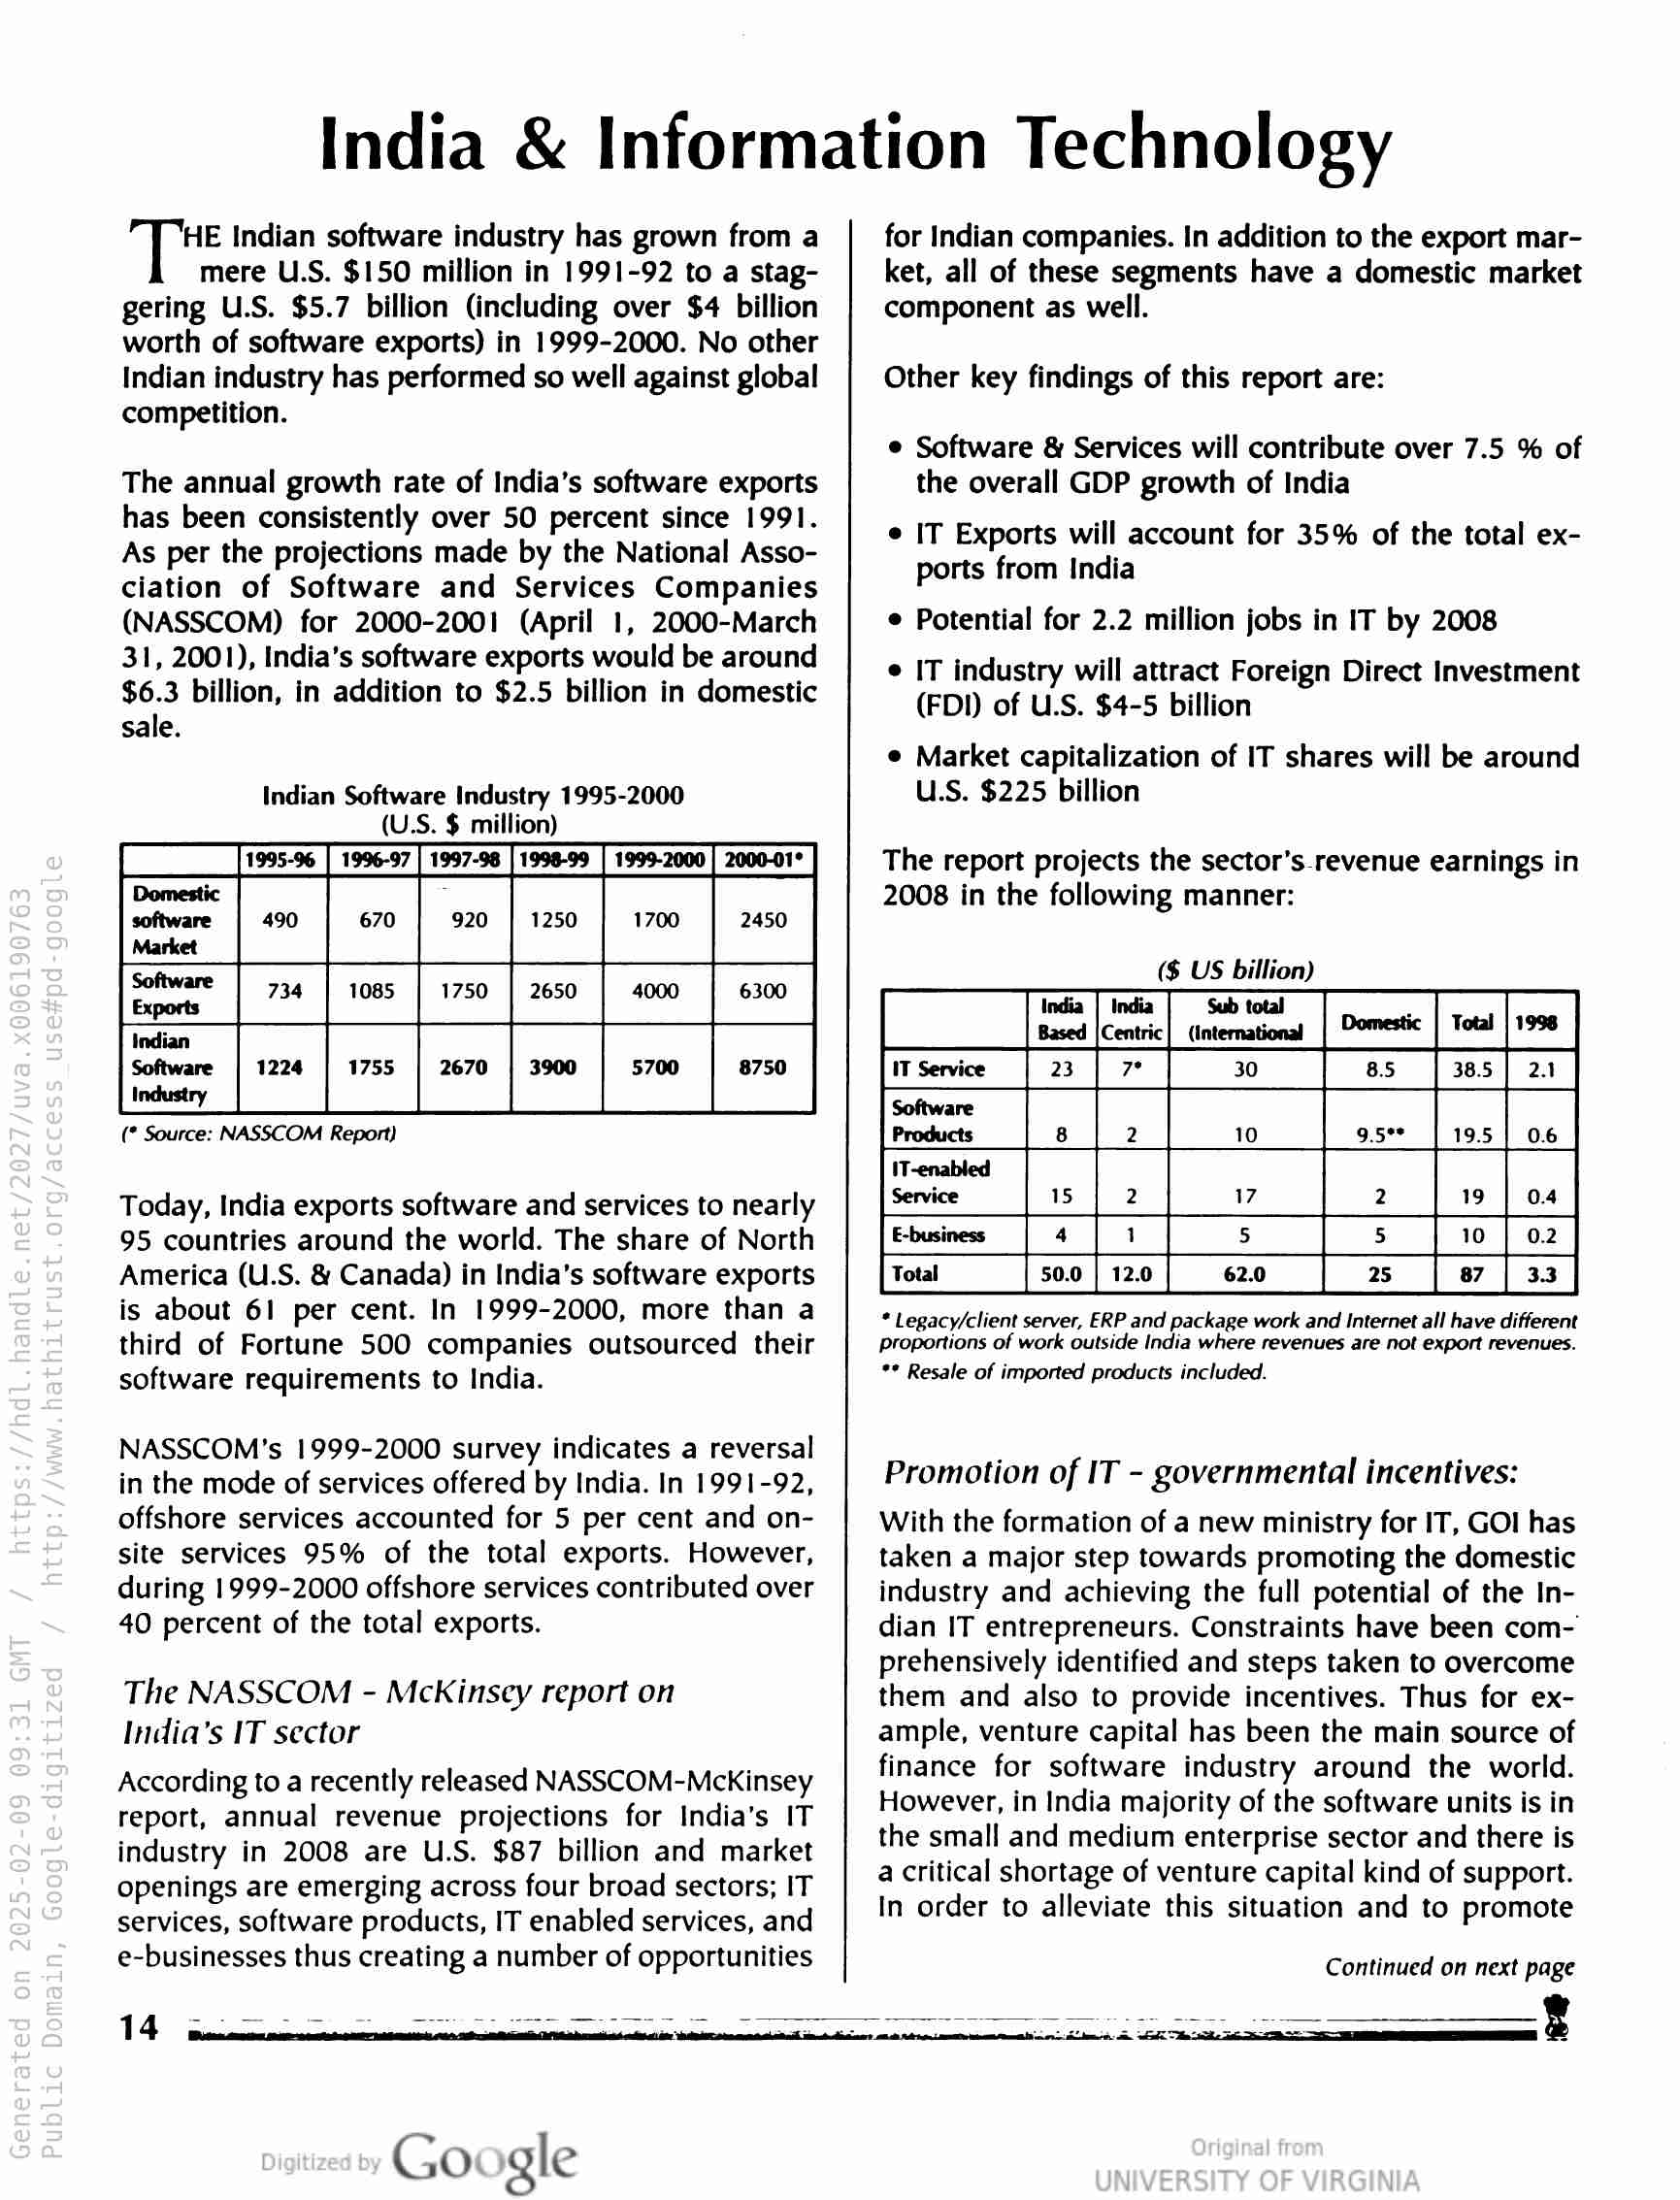
India & Information Technology

HE Indian software industry has grown from a
mere U.S. $150 million in 1991-92 to a stag-
gering U.S. $5.7 billion (including over $4 billion
worth of software exports) in 1999-2000. No other
Indian industry has performed so well against global
competition.

The annual growth rate of India’s software exports
has been consistently over 50 percent since 1991.
As per the projections made by the National Asso-
ciation of Software and Services Companies
(NASSCOM) for 2000-2001 (April 1, 2000-March
31, 2001), India’s software exports would be around
$6.3 billion, in addition to $2.5 billion in domestic
sale.

Indian Software Industry 1995-2000
(U.S. $ million)

[| [re [oe [ro [a [er

(° Source: as | Report)

Today, India exports software and services to nearly
95 countries around the world. The share of North
America (U.S. & Canada) in India’s software exports
is about 61 per cent. In 1999-2000, more than a
third of Fortune 500 companies outsourced their
software requirements to India.

NASSCOM's 1999-2000 survey indicates a reversal
in the mode of services offered by India. In 1991-92,
offshore services accounted for 5 per cent and on-
site services 95% of the total exports. However,
during 1999-2000 offshore services contributed over
40 percent of the total exports.

The NASSCOM - McKinsey report on
India’s IT sector

According to a recently released NASSCOM-MckKinsey
report, annual revenue projections for India’s IT
industry in 2008 are U.S. $87 billion and market
openings are emerging across four broad sectors; IT
services, software products, IT enabled services, and
e-businesses thus creating a number of opportunities

for Indian companies. In addition to the export mar-
ket, all of these segments have a domestic market
component as well.

Other key findings of this report are:
e Software & Services will contribute over 7.5 % of

the overall GDP growth of India

e IT Exports will account for 35% of the total ex-
ports from India

¢ Potential for 2.2 million jobs in IT by 2008

¢ IT industry will attract Foreign Direct Investment
(FDI) of U.S. $4-5 billion

© Market capitalization of IT shares will be around
U.S. $225 billion

The report projects the sector’s-revenue earnings in
2008 in the following manner:

— US billion)

Sub total
oes lee —

* Legacy/client server, ERP and package work and Internet all have different
proportions of work outside India where revenues are not export revenues.

** Resale of imported products included.

Promotion of IT - governmental incentives:

With the formation of a new ministry for IT, GOI has
taken a major step towards promoting the domestic
industry and achieving the full potential of the In-
dian IT entrepreneurs. Constraints have been com-
prehensively identified and steps taken to overcome
them and also to provide incentives. Thus for ex-
ample, venture capital has been the main source of
finance for software industry around the world.
However, in India majority of the software units is in
the small and medium enterprise sector and there is
a critical shortage of venture capital kind of support.
In order to alleviate this situation and to promote

Continued on next page

Google

ae ‘ 5 ioeikthea sa. dk cease eee ne eee bf